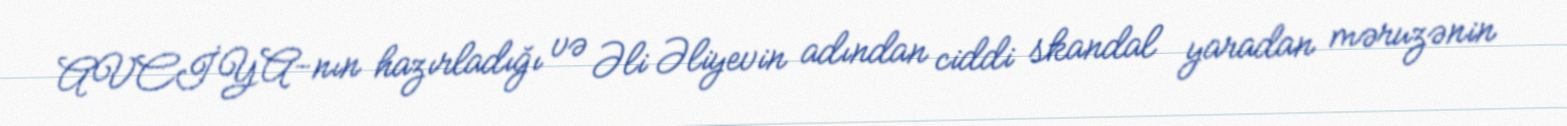
AVCİYA-nın hazırladığı və Əli Əliyevin adından ciddi skandal yaradan məruzənin